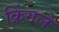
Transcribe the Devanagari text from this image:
क्रिंगले